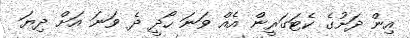
އިން ދަށުގެ ކެޓަގަރީން އެއް ވަނަ ހޯދީ ދެ ވަނަ އަށް ދިޔަ